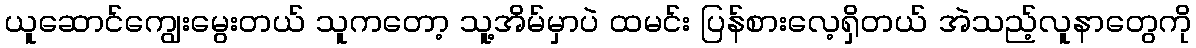
ယူဆောင်ကျွေးမွေးတယ် သူကတော့ သူ့အိမ်မှာပဲ ထမင်း ပြန်စားလေ့ရှိတယ် အဲသည့်လူနာတွေကို